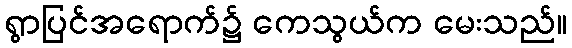
ရွာပြင်အရောက်၌ ကေသွယ်က မေးသည်။